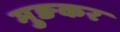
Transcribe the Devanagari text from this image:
मुङकर